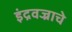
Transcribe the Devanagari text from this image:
इंद्रवज्राचे